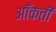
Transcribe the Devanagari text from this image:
आँकती